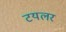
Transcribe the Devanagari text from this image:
टयलर